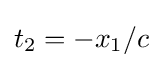
t_{2}=-x_{1}/c